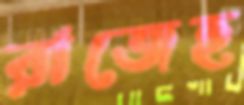
রাজেহ